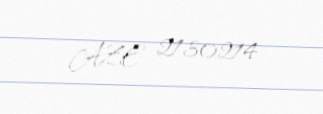
AZE 2130214